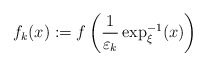
\begin{align*}f_{k}(x):=f\left(\frac{1}{\varepsilon_{k}}\exp_{\xi}^{-1}(x)\right)\end{align*}